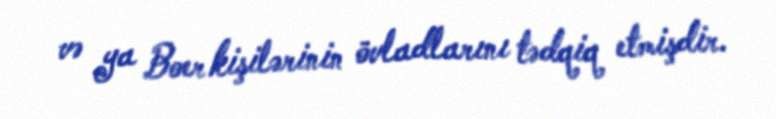
və ya Boer kişilərinin övladlarını tədqiq etmişdir.